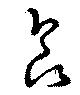
食